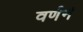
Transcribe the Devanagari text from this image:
वर्णनं